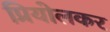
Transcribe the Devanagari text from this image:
प्रियोलकर